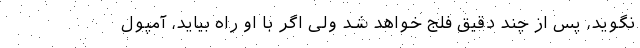
نگوید، پس از چند دقیق فلج خواهد شد ولی اگر با او راه بیاید، آمپول